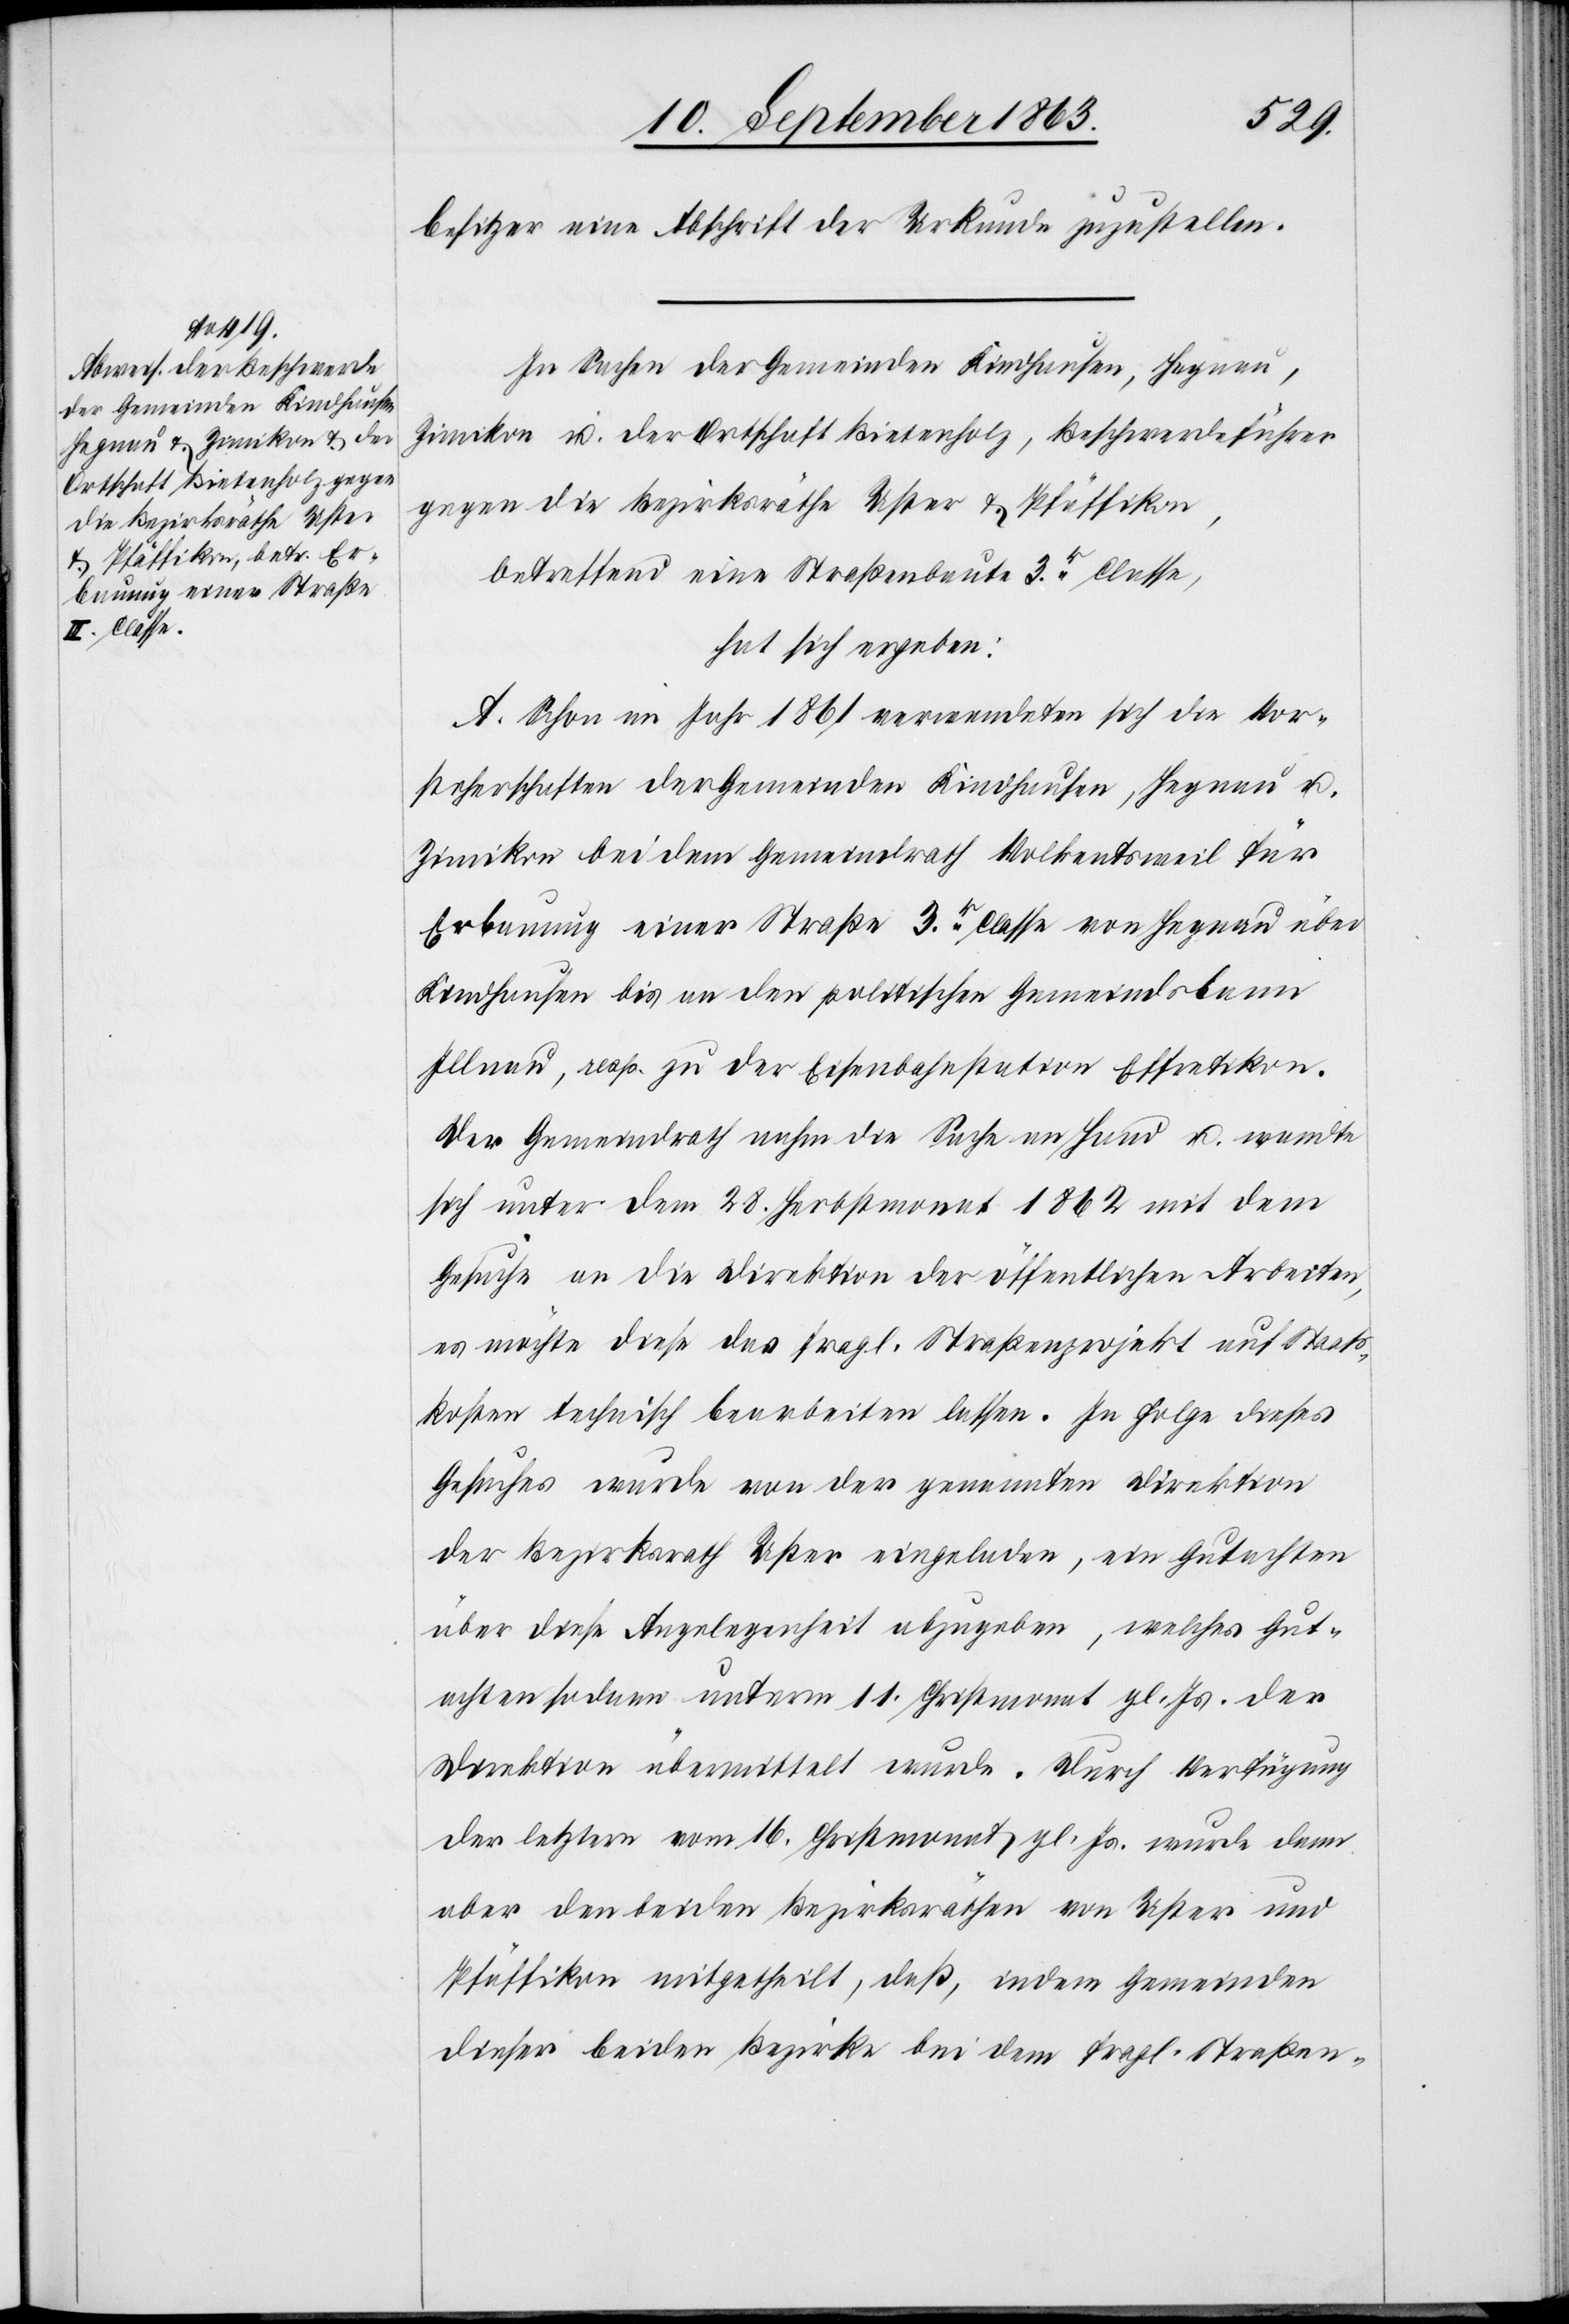
besitzer eine Abschrift der Urkunde zuzustellen.
In Sachen der Gemeinden Kindhausen, Hegnau,
Zimikon u. der Ortschaft Bietenholz, Beschwerdeführer
gegen die Bezirksräthe Uster & Pfäffikon,
betreffend eine Straßenbaute 3r. Classe,
hat sich ergeben:
A. Schon im Jahr 1861 verwendeten sich die Vor¬
steherschaften der Gemeinden Kindhausen, Hegnau u.
Zimikon bei dem Gemeindrath Volkentsweil für
Erbauung einer Straße 3r. Classe von Hegnau über
Kindhausen bis an den politischen Gemeindsbann
Illnau, resp. zu der Eisenbahnstation Effretikon.
Der Gemeindrath nahm die Sache an Hand u. wandte
sich unter dem 28. Herbstmonat 1862 mit dem
Gesuche an die Direktion der öffentlichen Arbeiten,
es möchte diese das fragl. Straßenprojekt auf Staats¬
kosten technisch bearbeiten lassen. In Folge dieses
Gesuches wurde von der genannten Direktion
der Bezirksrath Uster eingeladen, ein Gutachten
über diese Angelegenheit abzugeben, welches Gut¬
achten sodann unterm 11. Christmonat gl. Js. der
Direktion übermittelt wurde. Durch Verfügung
der letztern vom 16. Christmonat gl. Js. wurde dann
aber den beiden Bezirksräthen von Uster und
Pfäffikon mitgetheilt, daß, indem Gemeinden
dieser beiden Bezirke bei dem fragl. Straßen-